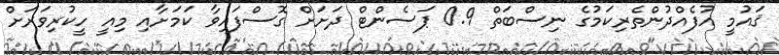
ޤައުމީ އުފެއްދުންތެރިކަމުގެ ނިސްބަތް 0.9 ޕަސެންޓް ދަށަށް ގޮސްފައިވާ ކަމަށާއި މިއީ ހީކުރިވަރަށް